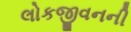
લોકજીવનની